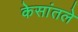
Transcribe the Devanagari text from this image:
केसांतले